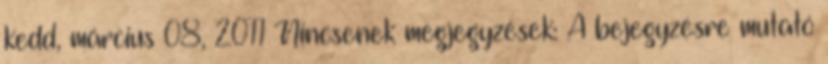
kedd, március 08, 2011 Nincsenek megjegyzések: A bejegyzésre mutató